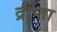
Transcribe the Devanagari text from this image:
द्रीप्ता